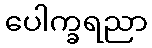
ပေါက္ခရညာ